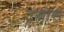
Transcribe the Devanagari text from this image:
उसोस